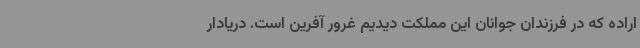
اراده که در فرزندان جوانان این مملکت دیدیم غرور آفرین است. دریادار